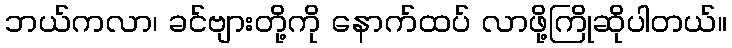
ဘယ်ကလာ၊ ခင်ဗျားတို့ကို နောက်ထပ် လာဖို့ကြိုဆိုပါတယ်။